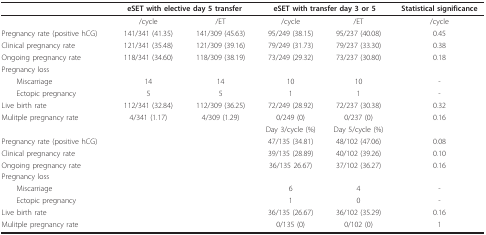
<table><thead><tr><td></td><td colspan="2"><b>eSET with elective day 5 transfer</b></td><td colspan="2"><b>eSET with transfer day 3 or 5</b></td><td><b>Statistical significance</b></td></tr></thead><tbody><tr><td></td><td>/cycle</td><td>/ET</td><td>/cycle</td><td>/ET</td><td>/cycle</td></tr><tr><td>Pregnancy rate (positive hCG)</td><td>141/341 (41.35)</td><td>141/309 (45.63)</td><td>95/249 (38.15)</td><td>95/237 (40.08)</td><td>0.45</td></tr><tr><td>Clinical pregnancy rate</td><td>121/341 (35.48)</td><td>121/309 (39.16)</td><td>79/249 (31.73)</td><td>79/237 (33.30)</td><td>0.38</td></tr><tr><td>Ongoing pregnancy rate</td><td>118/341 (34.60)</td><td>118/309 (38.19)</td><td>73/249 (29.32)</td><td>73/237 (30.80)</td><td>0.18</td></tr><tr><td>Pregnancy loss</td><td></td><td></td><td></td><td></td><td></td></tr><tr><td> Miscarriage</td><td>14</td><td>14</td><td>10</td><td>10</td><td>-</td></tr><tr><td> Ectopic pregnancy</td><td>5</td><td>5</td><td>1</td><td>1</td><td>-</td></tr><tr><td>Live birth rate</td><td>112/341 (32.84)</td><td>112/309 (36.25)</td><td>72/249 (28.92)</td><td>72/237 (30.38)</td><td>0.32</td></tr><tr><td>Mulitple pregnancy rate</td><td>4/341 (1.17)</td><td>4/309 (1.29)</td><td>0/249 (0)</td><td>0/237 (0)</td><td>0.16</td></tr><tr><td></td><td></td><td></td><td>Day 3/cycle (%)</td><td>Day 5/cycle (%)</td><td></td></tr><tr><td>Pregnancy rate (positive hCG)</td><td></td><td></td><td>47/135 (34.81)</td><td>48/102 (47.06)</td><td>0.08</td></tr><tr><td>Clinical pregnancy rate</td><td></td><td></td><td>39/135 (28.89)</td><td>40/102 (39.26)</td><td>0.10</td></tr><tr><td>Ongoing pregnancy rate</td><td></td><td></td><td>36/135 26.67)</td><td>37/102 (36.27)</td><td>0.16</td></tr><tr><td>Pregnancy loss</td><td></td><td></td><td></td><td></td><td></td></tr><tr><td> Miscarriage</td><td></td><td></td><td>6</td><td>4</td><td>-</td></tr><tr><td> Ectopic pregnancy</td><td></td><td></td><td>1</td><td>0</td><td>-</td></tr><tr><td>Live birth rate</td><td></td><td></td><td>36/135 (26.67)</td><td>36/102 (35.29)</td><td>0.16</td></tr><tr><td>Mulitple pregnancy rate</td><td></td><td></td><td>0/135 (0)</td><td>0/102 (0)</td><td>1</td></tr></tbody></table>